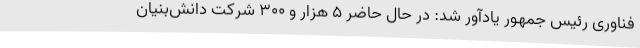
فناوری رئیس جمهور یادآور شد: در حال حاضر 5 هزار و 300 شرکت دانش‌بنیان